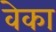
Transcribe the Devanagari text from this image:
वेका